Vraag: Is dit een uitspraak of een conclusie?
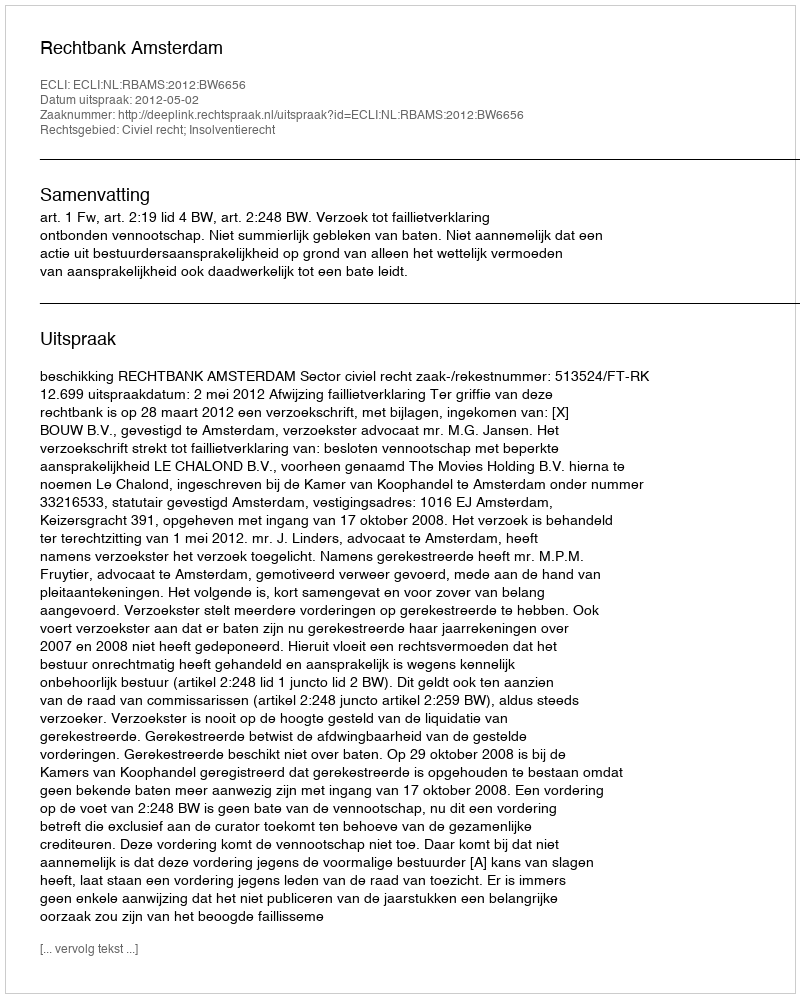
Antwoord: Uitspraak